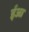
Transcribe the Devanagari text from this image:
ईआ